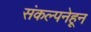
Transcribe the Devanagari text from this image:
संकल्पनेहून